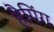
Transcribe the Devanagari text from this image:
हैगिंग